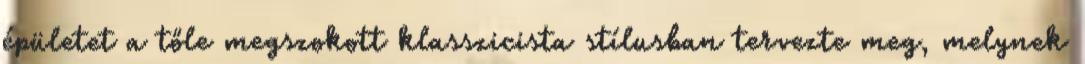
épületet a tőle megszokott klasszicista stílusban tervezte meg, melynek